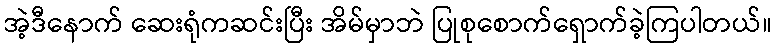
အဲ့ဒီနောက် ဆေးရုံကဆင်းပြီး အိမ်မှာဘဲ ပြုစုစောက်ရှောက်ခဲ့ကြပါတယ်။